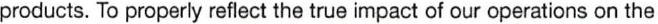
products. To properly reflect the true impact of our operations on the